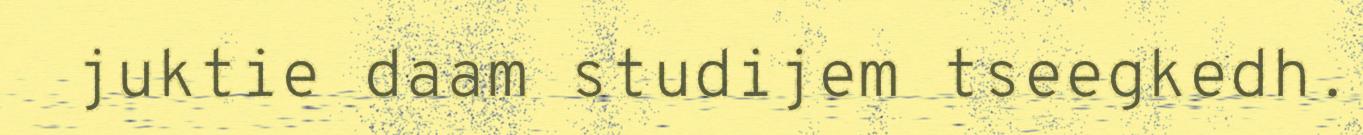
juktie daam studijem tseegkedh.